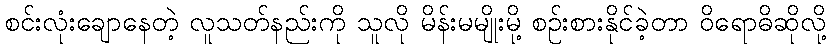
စင်းလုံးချောနေတဲ့ လူသတ်နည်းကို သူလို မိန်းမမျိုးမို့ စဉ်းစားနိုင်ခဲ့တာ ဝိရောဓိဆိုလို့